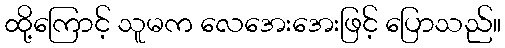
ထို့ကြောင့် သူမက လေအေးအေးဖြင့် ပြောသည်။